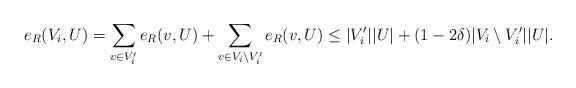
LaTeX: \begin{align*}e_R(V_i,U)=\sum_{v \in V_i'} e_R(v,U)+\sum_{v \in V_i \setminus V_i'} e_R(v,U) \leq |V_i'||U|+(1-2 \delta)|V_i \setminus V_i'| |U|.\end{align*}